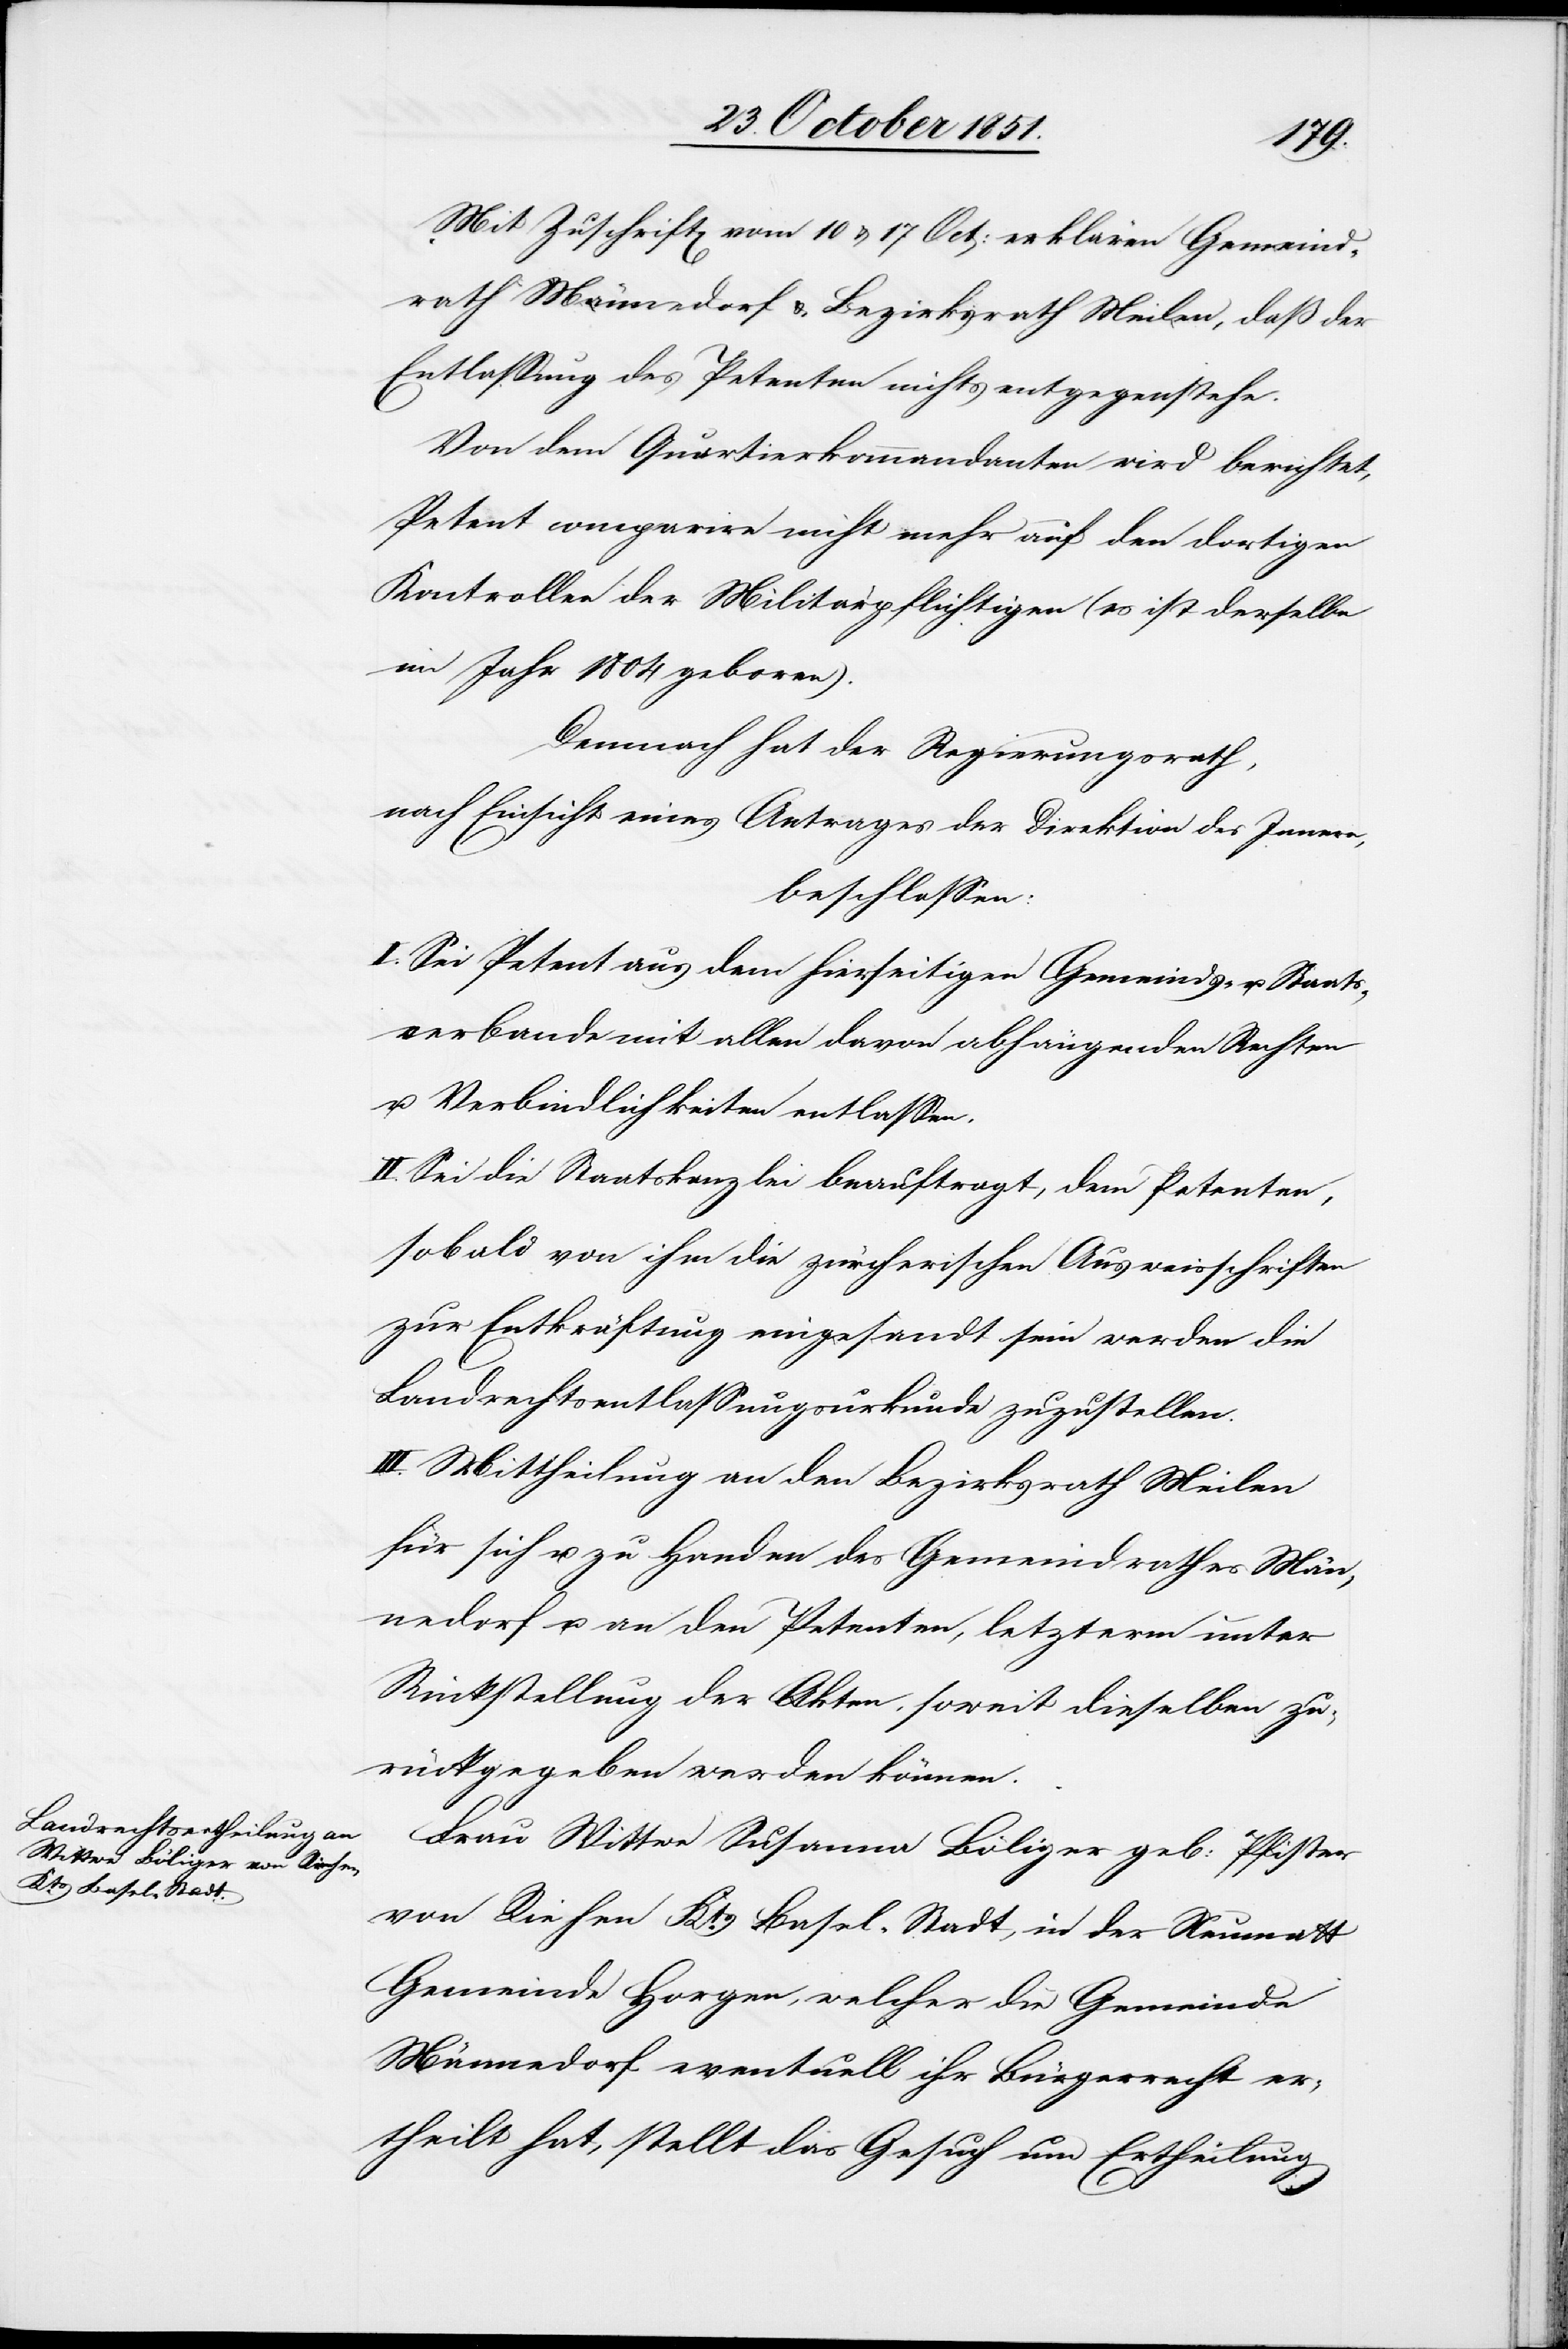
Mit Zuschrift[en] vom 10 & 17 Oct: erklären Gemeind¬
rath Männedorf & Bezirksrath Meilen, daß der
Entlassung des Petenten nichts entgegenstehe.
Von dem Quartierkommandanten wird berichtet,
Petent comparire nicht mehr auf den dortigen
Kontrollen der Militärpflichtigen (es ist derselbe
im Jahr 1804 geboren).
Demnach hat der Regierungsrath,
nach Einsicht eines Antrages der Direktion des Innern,
beschlossen:
I. Sei Petent aus dem hierseitigen Gemeinds- u. Staats¬
verbande mit allen davon abhängenden Rechten
u. Verbindlichkeiten entlassen.
II. Sei die Staatskanzlei beauftragt, dem Petenten,
sobald von ihm die zürcherischen Ausweisschriften
zur Entkräftung eingesandt sein werden die
Landrechtsentlassungsurkunde zuzustellen.
III. Mittheilung an den Bezirksrath Meilen
für sich u. zu Handen des Gemeindrathes Män¬
nedorf u. an den Petenten, letzterm unter
Rückstellung der Akten, soweit dieselben zu¬
rückgegeben werden können.
Frau Wittwe Susanna Böliger geb: Pfister
von Riehen Kts. Basel-Stadt, in der Neumatt
Gemeinde Horgen, welcher die Gemeinde
Männedorf eventuell ihr Bürgerrecht er¬
theilt hat, stellt das Gesuch um Ertheilung